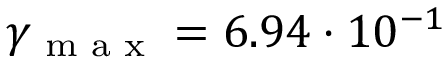
\gamma _ { \textup { m a x } } = 6 . 9 4 \cdot 1 0 ^ { - 1 }